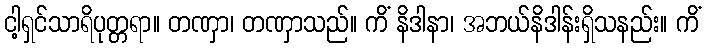
ငါ့ရှင်သာရိပုတ္တရာ။ တဏှာ၊ တဏှာသည်။ ကိံ နိဒါနာ၊ အဘယ်နိဒါန်းရှိသနည်း။ ကိံ